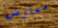
معارض